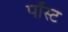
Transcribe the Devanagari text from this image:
पॉस्ट